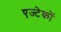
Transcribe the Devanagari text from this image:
एज्टेकों